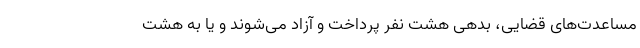
مساعدت‌های قضایی، بدهی هشت نفر پرداخت و آزاد می‌شوند و یا به هشت